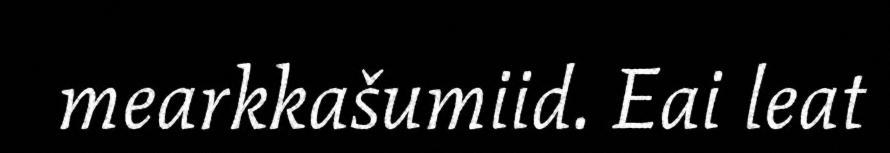
mearkkašumiid. Eai leat